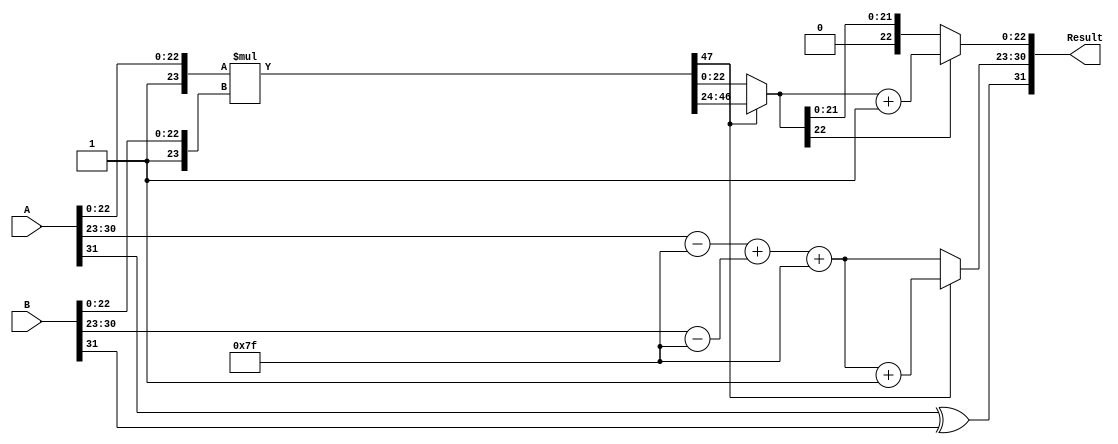
module FloatingPointMultiplier (
    input  wire [31:0] A, // First operand
    input  wire [31:0] B, // Second operand
    output reg  [31:0] Result // Result of multiplication
);

    // Constants
    localparam BIAS = 127;
    localparam EXPONENT_BITS = 8;
    localparam MANTISSA_BITS = 23;
    localparam MANTISSA_WIDTH = MANTISSA_BITS + 1; // Including the implicit leading 1

    // Intermediate signals
    wire signA, signB, signResult;
    wire [EXPONENT_BITS-1:0] expA, expB;
    wire [EXPONENT_BITS-1:0] expResult;
    wire [MANTISSA_WIDTH-1:0] mantA, mantB;
    wire [2*MANTISSA_WIDTH-1:0] mantResult; // 48 bits for multiplication
    reg [31:0] final_mantissa;
    reg [EXPONENT_BITS-1:0] final_exponent;

    // Extract sign, exponent, and mantissa
    assign signA = A[31];
    assign signB = B[31];
    assign expA = A[30:23];
    assign expB = B[30:23];
    assign mantA = {1'b1, A[22:0]}; // Prepend leading 1
    assign mantB = {1'b1, B[22:0]}; // Prepend leading 1

    // Sign Calculation
    assign signResult = signA ^ signB;

    // Exponent Calculation
    wire [EXPONENT_BITS:0] expSum; // 9 bits to avoid overflow
    assign expSum = (expA - BIAS) + (expB - BIAS) + BIAS;
    assign expResult = expSum[EXPONENT_BITS-1:0]; // Take lower 8 bits

    // Mantissa Calculation
    assign mantResult = mantA * mantB;

    // Normalization logic
    always @(*) begin
        if (mantResult[2*MANTISSA_WIDTH-1]) begin
            // Overflow, shift right
            final_mantissa = mantResult[2*MANTISSA_WIDTH-2:MANTISSA_WIDTH]; // Drop the overflow bit
            final_exponent = expResult + 1; // Increment exponent
        end else begin
            // No overflow
            final_mantissa = mantResult[MANTISSA_WIDTH-1:0]; // Use the lower bits
            final_exponent = expResult; // No change to exponent
        end

        // Rounding Logic (simple implementation)
        if (final_mantissa[MANTISSA_BITS-1]) begin
            final_mantissa = final_mantissa + 1; // Round up if necessary
        end

        // Assemble Result
        Result = {signResult, final_exponent, final_mantissa[MANTISSA_BITS-1:0]};
    end

endmodule